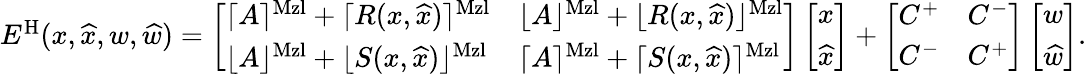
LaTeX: \begin{array}{r}{E^{\mathrm{H}}(x,\widehat{x},w,\widehat{w})=\left[\begin{array}{ll}{\lceil A\rceil^{\mathrm{Mzl}}+\lceil R(x,\widehat{x})\rceil^{\mathrm{Mzl}}}&{\lfloor A\rfloor^{\mathrm{Mzl}}+\lfloor R(x,\widehat{x})\rfloor^{\mathrm{Mzl}}}\\ {\lfloor A\rfloor^{\mathrm{Mzl}}+\lfloor S(x,\widehat{x})\rfloor^{\mathrm{Mzl}}}&{\lceil A\rceil^{\mathrm{Mzl}}+\lceil S(x,\widehat{x})\rceil^{\mathrm{Mzl}}}\end{array}\right]\left[\begin{array}{l}{x}\\ {\widehat{x}}\end{array}\right]+\left[\begin{array}{ll}{C^{+}}&{C^{-}}\\ {C^{-}}&{C^{+}}\end{array}\right]\left[\begin{array}{l}{w}\\ {\widehat{w}}\end{array}\right].}\end{array}